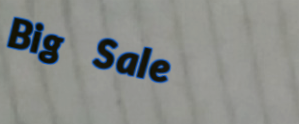
Big Sale